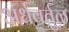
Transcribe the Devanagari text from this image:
अर्धवर्तुळ